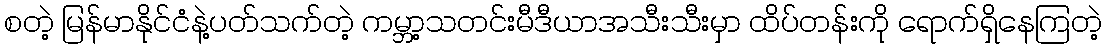
စတဲ့ မြန်မာနိုင်ငံနဲ့ပတ်သက်တဲ့ ကမ္ဘာ့သတင်းမီဒီယာအသီးသီးမှာ ထိပ်တန်းကို ရောက်ရှိနေကြတဲ့